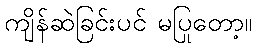
ကျိန်ဆဲခြင်းပင် မပြုတော့။